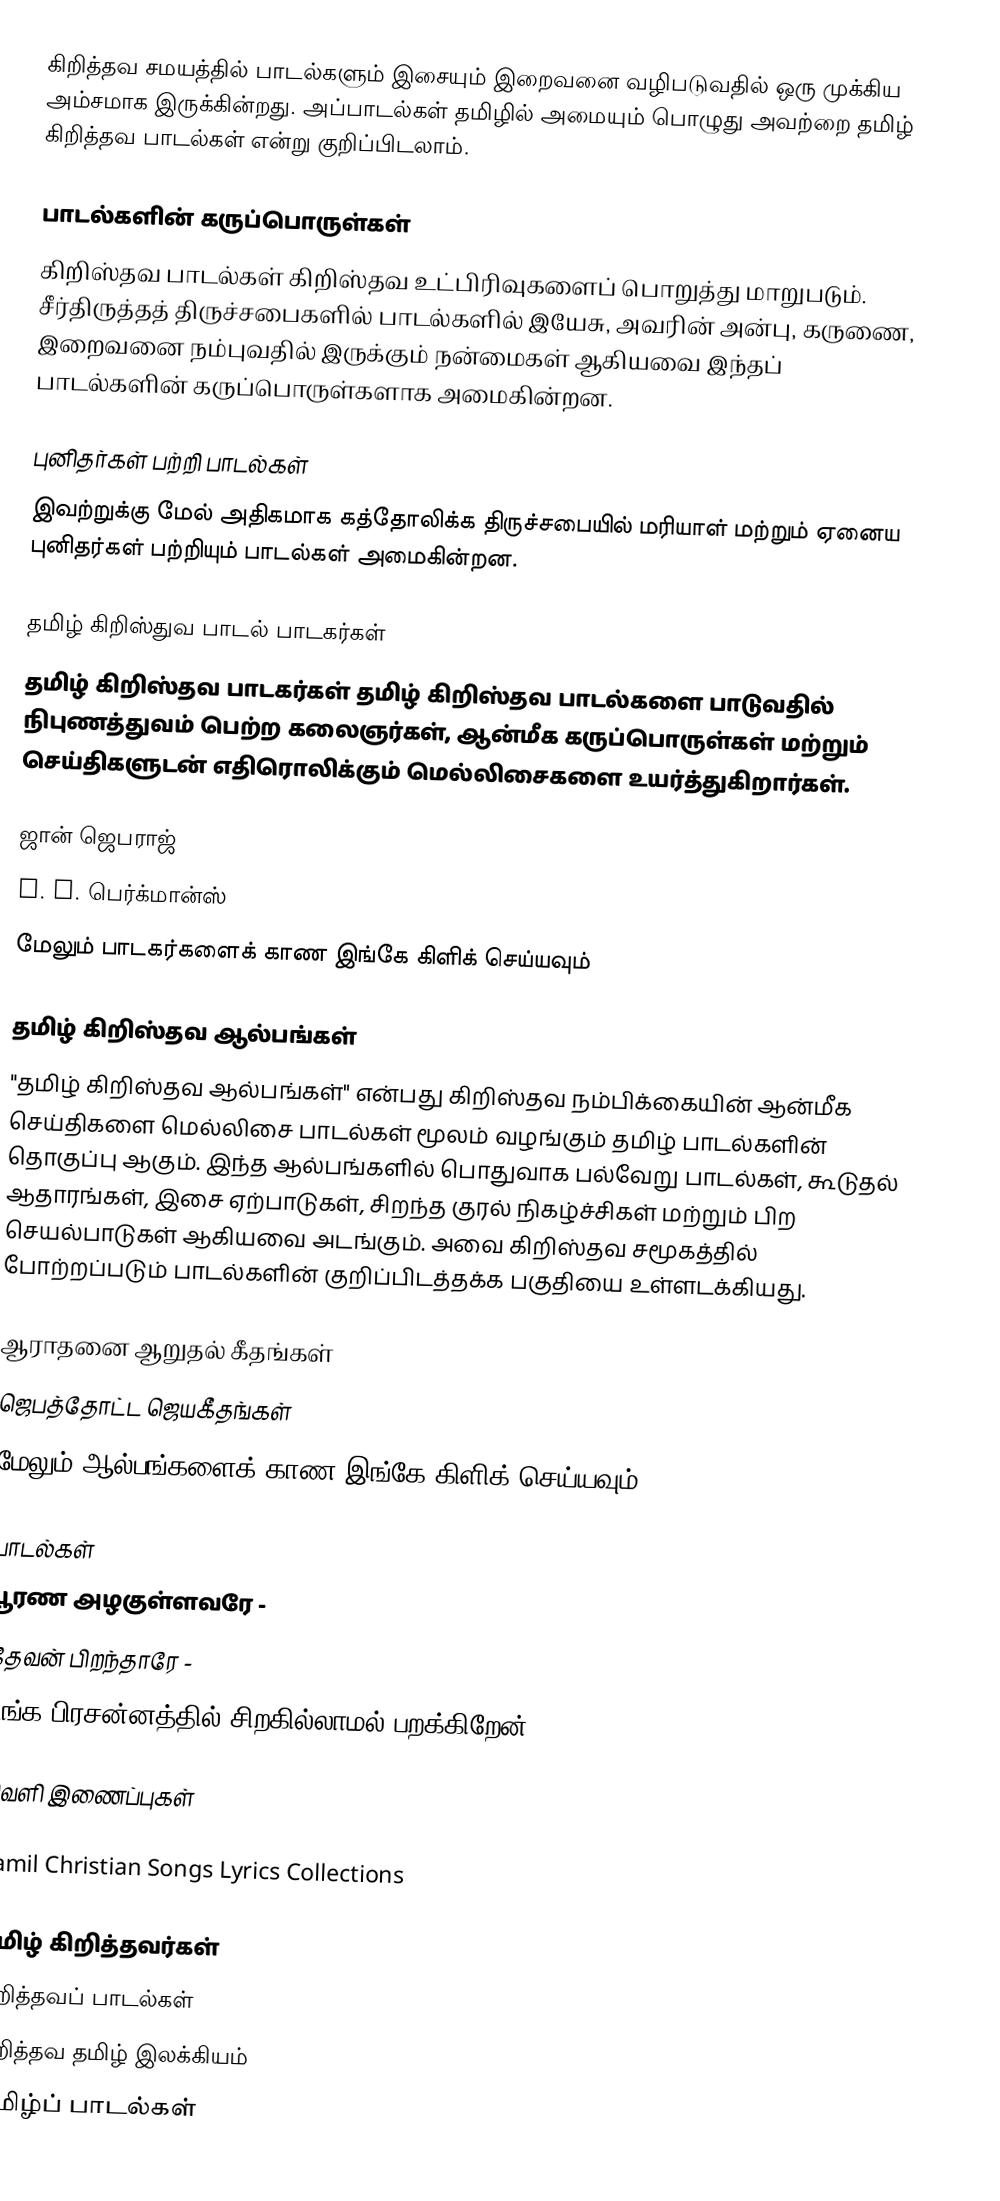
கிறித்தவ சமயத்தில் பாடல்களும் இசையும் இறைவனை வழிபடுவதில் ஒரு முக்கிய அம்சமாக இருக்கின்றது.  அப்பாடல்கள் தமிழில் அமையும் பொழுது அவற்றை தமிழ் கிறித்தவ பாடல்கள் என்று குறிப்பிடலாம்.

பாடல்களின் கருப்பொருள்கள்
கிறிஸ்தவ பாடல்கள் கிறிஸ்தவ உட்பிரிவுகளைப் பொறுத்து மாறுபடும். சீர்திருத்தத் திருச்சபைகளில் பாடல்களில் இயேசு, அவரின் அன்பு, கருணை, இறைவனை நம்புவதில் இருக்கும் நன்மைகள் ஆகியவை இந்தப் பாடல்களின் கருப்பொருள்களாக அமைகின்றன.

புனிதர்கள் பற்றி பாடல்கள்
இவற்றுக்கு மேல் அதிகமாக கத்தோலிக்க திருச்சபையில் மரியாள் மற்றும் ஏனைய புனிதர்கள் பற்றியும் பாடல்கள் அமைகின்றன.

தமிழ் கிறிஸ்துவ பாடல் பாடகர்கள்
தமிழ் கிறிஸ்தவ பாடகர்கள் தமிழ் கிறிஸ்தவ பாடல்களை பாடுவதில் நிபுணத்துவம் பெற்ற கலைஞர்கள், ஆன்மீக கருப்பொருள்கள் மற்றும் செய்திகளுடன் எதிரொலிக்கும் மெல்லிசைகளை உயர்த்துகிறார்கள்.

 ஜான் ஜெபராஜ்
 S. J. பெர்க்மான்ஸ்
 மேலும் பாடகர்களைக் காண இங்கே கிளிக் செய்யவும்

தமிழ் கிறிஸ்தவ ஆல்பங்கள்
"தமிழ் கிறிஸ்தவ ஆல்பங்கள்" என்பது கிறிஸ்தவ நம்பிக்கையின் ஆன்மீக செய்திகளை மெல்லிசை பாடல்கள் மூலம் வழங்கும் தமிழ் பாடல்களின் தொகுப்பு ஆகும். இந்த ஆல்பங்களில் பொதுவாக பல்வேறு பாடல்கள், கூடுதல் ஆதாரங்கள், இசை ஏற்பாடுகள், சிறந்த குரல் நிகழ்ச்சிகள் மற்றும் பிற செயல்பாடுகள் ஆகியவை அடங்கும். அவை கிறிஸ்தவ சமூகத்தில் போற்றப்படும் பாடல்களின் குறிப்பிடத்தக்க பகுதியை உள்ளடக்கியது.

 ஆராதனை ஆறுதல் கீதங்கள்
 ஜெபத்தோட்ட ஜெயகீதங்கள்
 மேலும் ஆல்பங்களைக் காண இங்கே கிளிக் செய்யவும்

பாடல்கள்
 பூரண அழகுள்ளவரே -
 தேவன் பிறந்தாரே -
 உங்க பிரசன்னத்தில் சிறகில்லாமல் பறக்கிறேன்

வெளி இணைப்புகள்

Tamil Christian Songs Lyrics Collections

தமிழ் கிறித்தவர்கள்
கிறித்தவப் பாடல்கள்
கிறித்தவ தமிழ் இலக்கியம்
தமிழ்ப் பாடல்கள்